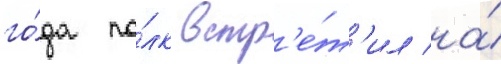
го́да по́лк встр'е́т'ил на́